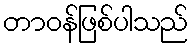
တာဝန်ဖြစ်ပါသည်